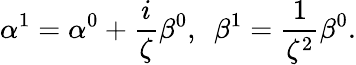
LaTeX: \alpha^{1}=\alpha^{0}+\frac{i}{\zeta}\beta^{0},\ \ \beta^{1}=\frac{1}{\zeta^{2}}\beta^{0}.